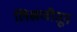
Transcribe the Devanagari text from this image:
लिखणीतून